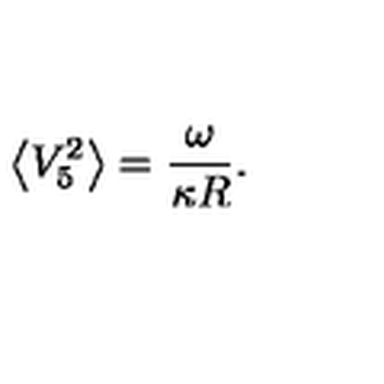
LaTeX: \left< V _ { 5 } ^ { 2 } \right> = \frac { \omega } { \kappa R } .